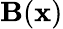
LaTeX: \mathbf{B}(\mathbf{{x}})